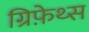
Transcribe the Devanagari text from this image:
ग्रिफ़ेथ्स